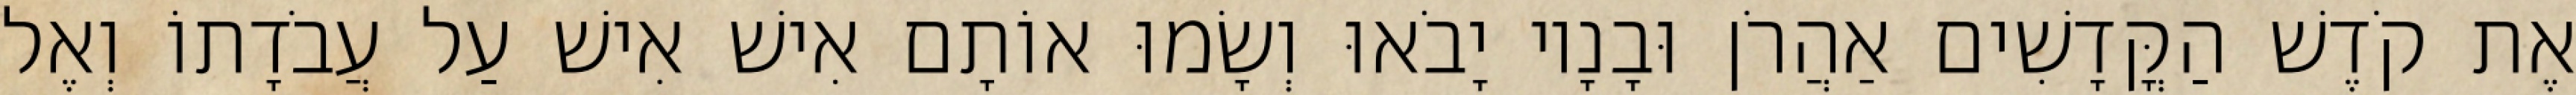
אֶת קֹדֶשׁ הַקֳּדָשִׁים אַהֲרֹן וּבָנָיו יָבֹאוּ וְשָׂמוּ אוֹתָם אִישׁ אִישׁ עַל עֲבֹדָתוֹ וְאֶל